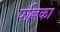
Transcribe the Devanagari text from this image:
पल्लिका